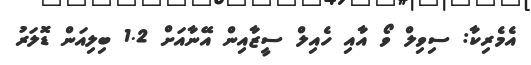
އެމެރިކާ: ސިވިލް ވޯ އާއި ހެއިލް ސީޒާއިން އޭނާއަށް 1.2 ބިލިއަން ޑޮލަރު